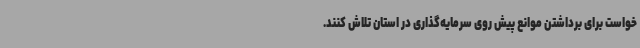
خواست برای برداشتن موانع پیش روی سرمایه‌گذاری در استان تلاش کنند.